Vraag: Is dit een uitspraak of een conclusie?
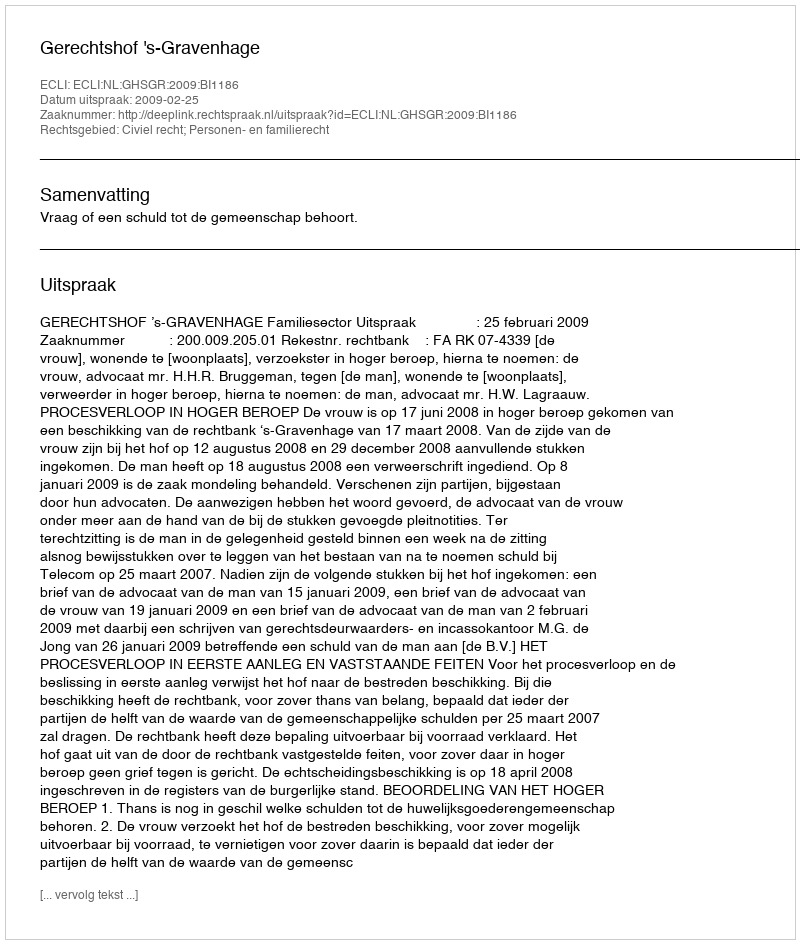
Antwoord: Uitspraak